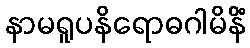
နာမရူပနိရောဓဂါမိနိံ